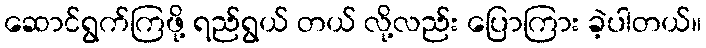
ဆောင်ရွက်ကြဖို့ ရည်ရွယ် တယ် လို့လည်း ပြောကြား ခဲ့ပါတယ်။